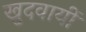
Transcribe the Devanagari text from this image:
खुदवायीं